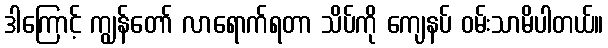
ဒါကြောင့် ကျွန်တော် လာရောက်ရတာ သိပ်ကို ကျေနပ် ဝမ်းသာမိပါတယ်။